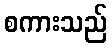
စကားသည်